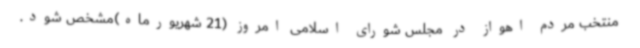
منتخب مردم اهواز در مجلس شورای اسلامی امروز (21 شهریورماه)مشخص شود.